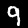
Digit: 9